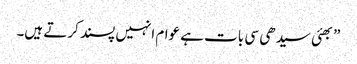
”بھئی سیدھی سی بات ہے عوام انہیں پسند کرتے ہیں۔